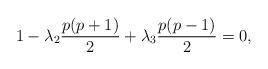
LaTeX: \begin{align*}1-\lambda_2 \frac{p(p+1)}{2} +\lambda_3 \frac{p(p-1)}{2} =0,\end{align*}